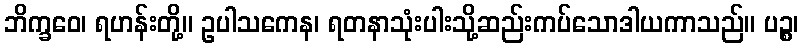
ဘိက္ခဝေ၊ ရဟန်းတို့။ ဥပါသကေန၊ ရတနာသုံးပါးသို့ဆည်းကပ်သောဒါယကာသည်။ ပဉ္စ၊